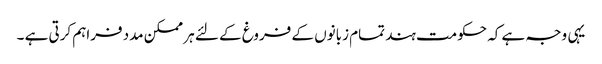
یہی وجہ ہے کہ حکومت ہند تمام زبانوں کے فروغ کے لئے ہر ممکن مدد فراہم کرتی ہے ۔